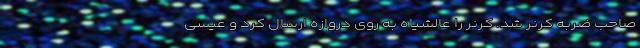
صاحب ضربه کرنر شد. کرنر را عالشیاه به روی دروازه ارسال کرد و عیسی